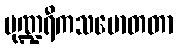
ပုဏ္ဍရီကသမောတတာ